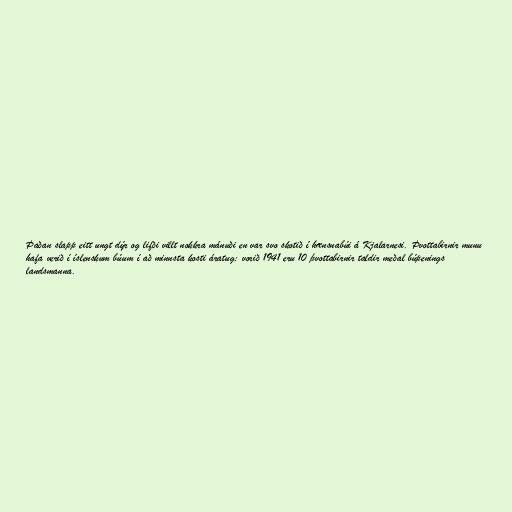
Þaðan slapp eitt ungt dýr og lifði villt nokkra mánuði en var svo skotið í hænsnabúi á Kjalarnesi. Þvottabirnir munu
hafa verið í íslenskum búum í að minnsta kosti áratug; vorið 1941 eru 10 þvottabirnir taldir meðal búpenings
landsmanna.